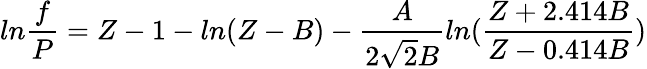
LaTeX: ln\frac{f}{P}=Z-1-ln(Z-B)-\frac{A}{2\sqrt{2}B}ln(\frac{Z+2.414B}{Z-0.414B})